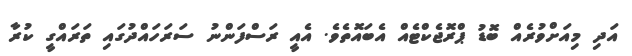
އަދި މިއަށްވުރެއް ބޮޑު ޕްރޮޖެކްޓެއް އެބައޮތެވެ. އެއީ ރަސްފަންނު ސަރަހައްދުގައި ތަރައްގީ ކުރާ